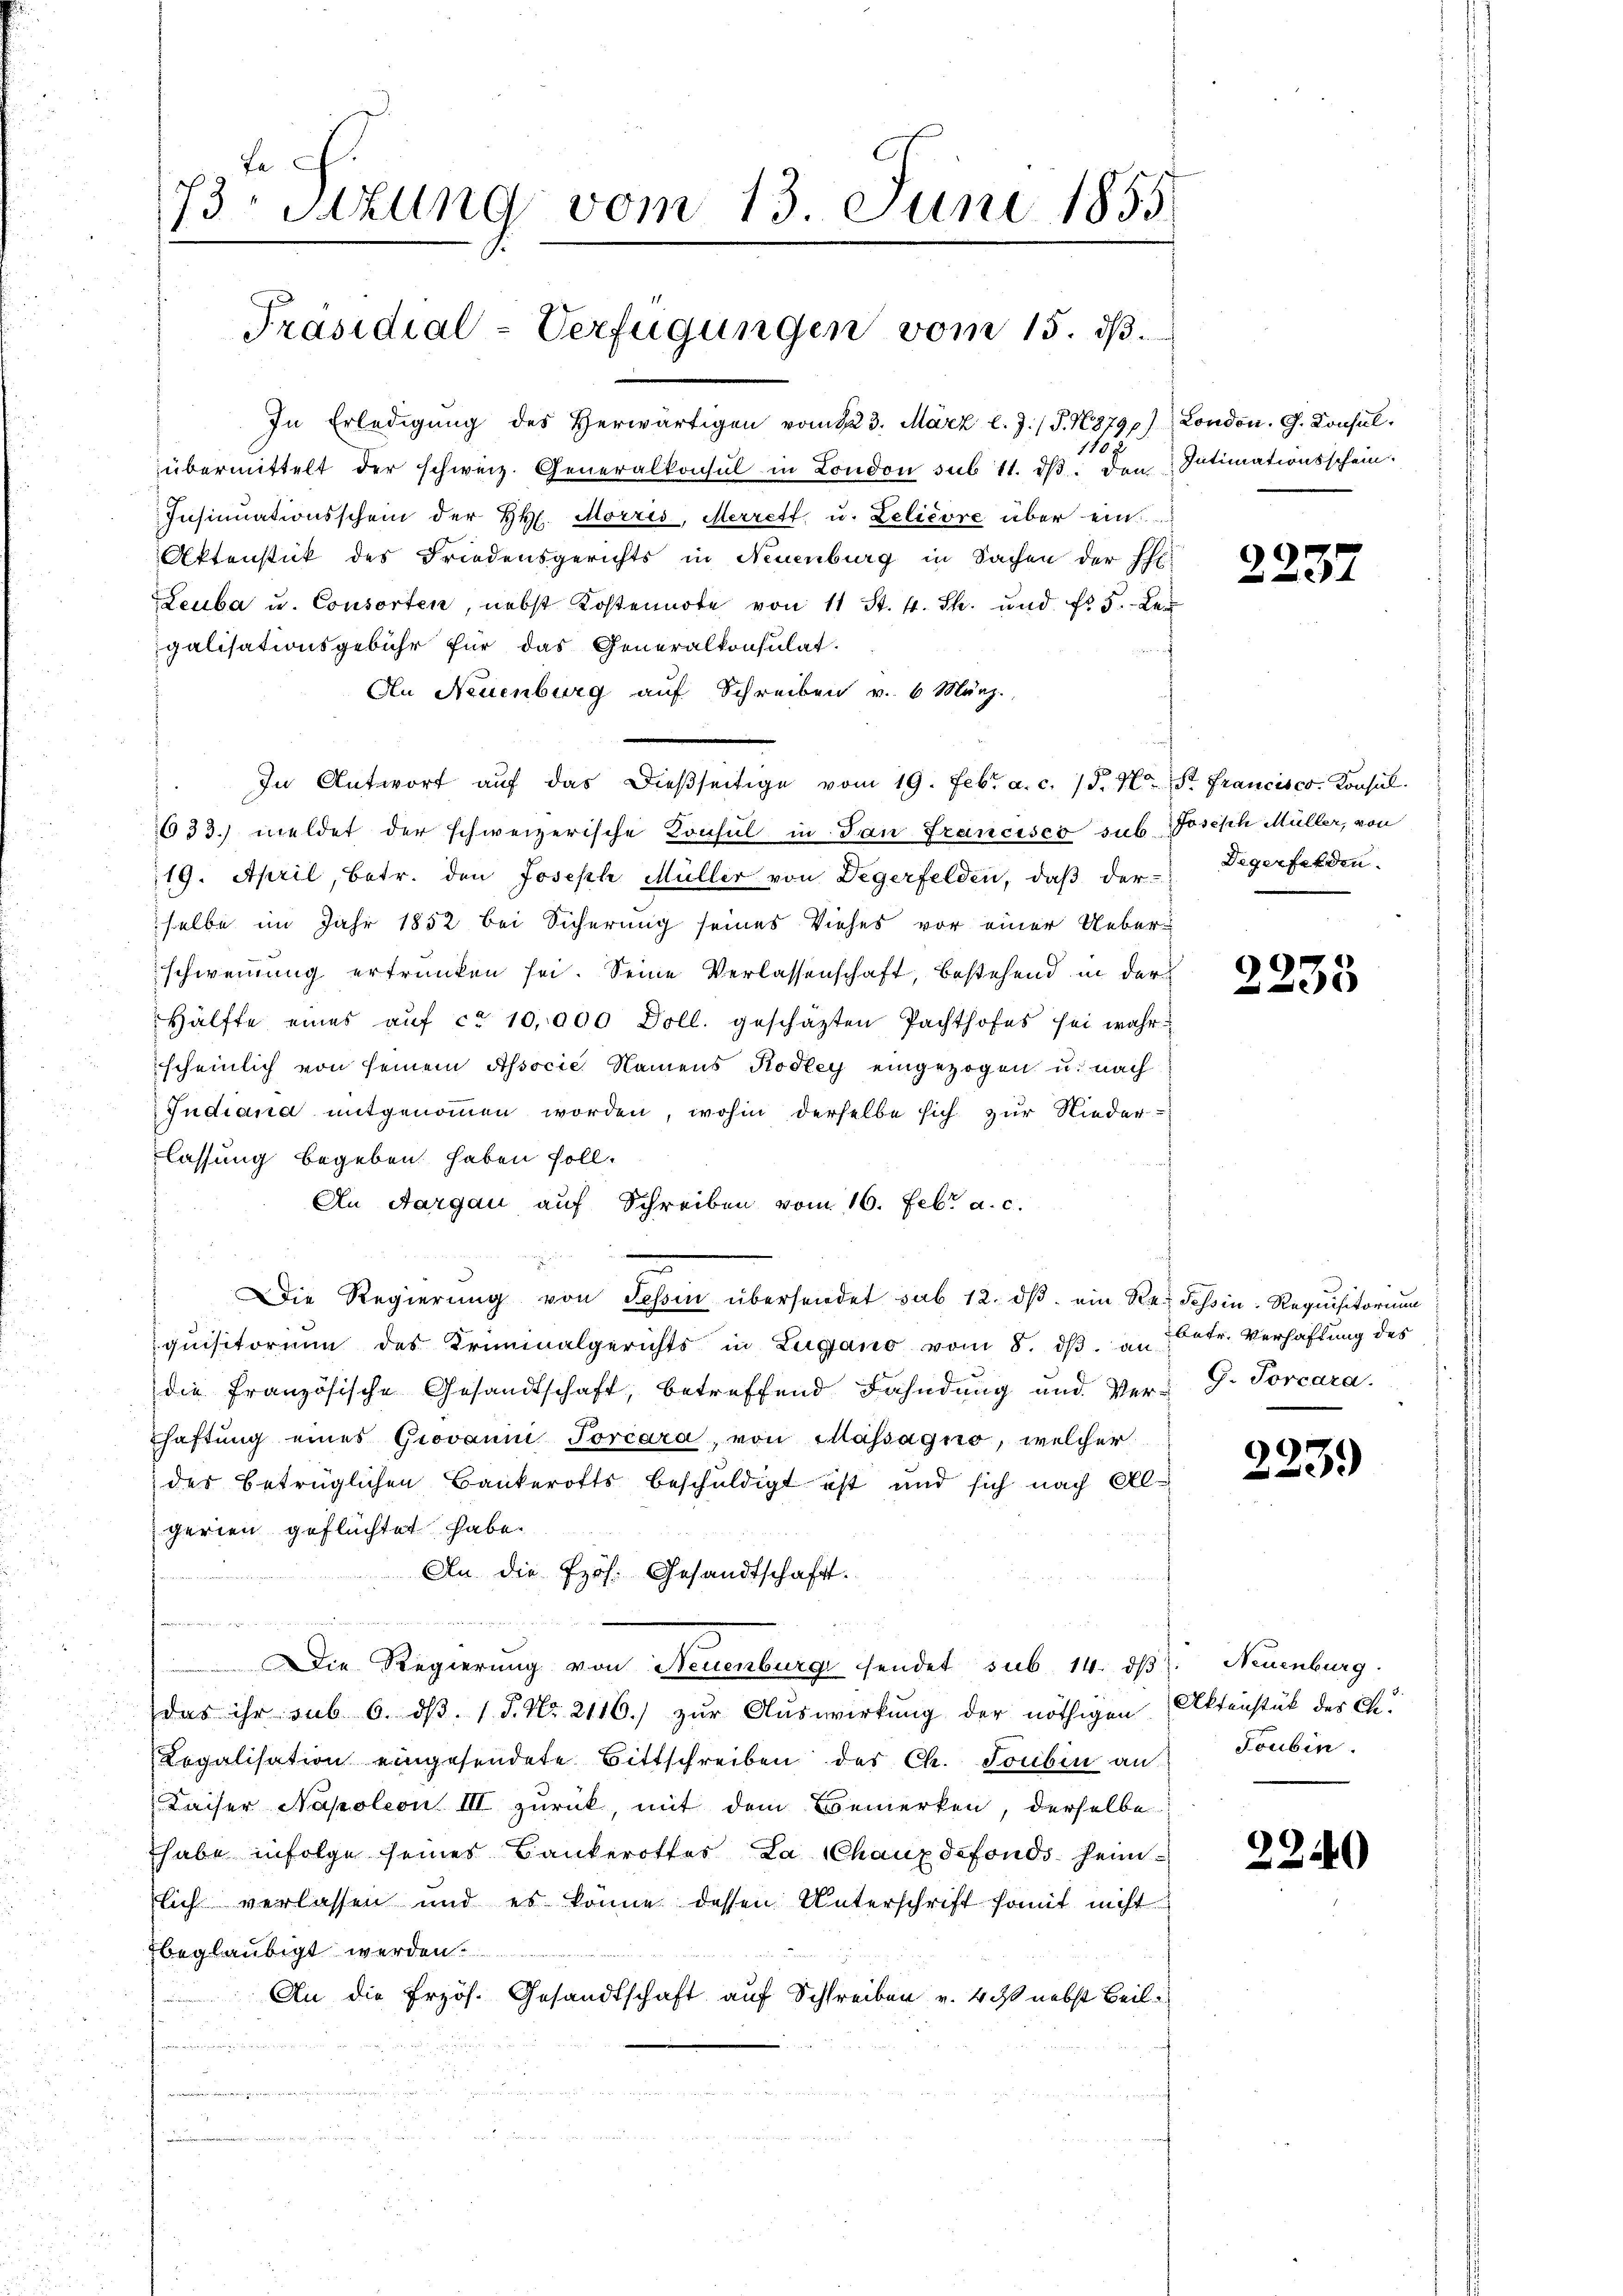
de
73. Sitzung vom 13. Juni 1855
Präsidial-Verfügungen vom 15. ds.

In Erledigŭng des Herwärtigen vom 123. März l. J. P. N379) London. G. Konsulübermittelt der schweiz. Generalkonsul in London sub 11. dβ den Intimationsschein.
Insinuationsschein der H. Morzis, Merrett u. Lelièvre über ein
Aktenstück des Friedensgerichts in Neuenburg in Sachen der Eh
Leuba u. Consorten, nebst Kostennote von 11 St. 4. Th. und fr 5. Lei
galisationsgebühr für das Generalkonsulat.
An Neuenburg auf Schreiben v. 6 März.
In Antwort aŭf das dieβseitige vom 19. Febr. a. c. 15. N. S. Francisco. Konsul
633. meldet der schweizerische Konsul in dan Francises sub. Joseph Müller, von
19. April, betr. den Joseph Müller von Degerfelden, daβ der-Degerfelden,
selbe im Jahr 1852 bei Sicherung seines Viehes vor einer Ueberschweinung ertrunken sei. Seine Verlassenschaft, bestehend in der
Hälfte eines aŭf ca 10,000 Doll. geschäzten Pachthofes sei wahrscheinlich von seinem Associe Namens Kodley eingezogen u. nach
Judiana mitgenommen worden, wohin derselbe sich zur Niederlassung begeben haben soll.
An Aargau auf Schreiben vom 16. Febr. a. c.
Die Regierŭng von Sehen übersendet sub 12. dβ ein Re¬ Fossin-Requisitorium
quisitorium des Kriminalgerichts in Zugano vom 8. dβ. a. betr. Verhaftung des
die Französische Gesandtschaft, betreffend Fahndung und Ver- G. Torcara.
haftung eines Grovani Jorcara, von Cassagio, welcher
des betrüglichen Bankerotts beschuldigt ist und sich nach Algerien geflüchtet habe.
An die Prof. Gesandtschaft.
g
egittiren enthalte sie in den den den und an
 Die Regierung von Neuenburg sendet sub. 14. dβ. Neuenburg
das ihr sub 6. dβ. / P. Nr. 2116.) zŭr Aŭswirkung der nöthigen
Logalisation eingesendete Bittschreiben des Ch. Soubin an Feubin
Kaiser Napoleon III zurück, mit dem Bemerken, derselbe
habe infolge seines Bankerottes La Chaux defonds heimlich verlassen und es könne dessen Unterschrift somit nicht
beglaubigt werden.
An die Erzös. Gesandtschaft auf Schreiben v. 4. ds nebst Beilenheit. Galle . . 11

1107

2237

2233

9
20

Aktenstück des C.

2240